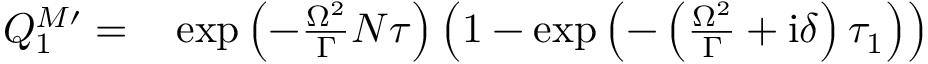
\begin{array} { r l } { Q _ { 1 } ^ { M \prime } = } & { { } \exp \left( - \frac { \Omega ^ { 2 } } { \Gamma } N \tau \right) \left( 1 - \exp \left( - \left( \frac { \Omega ^ { 2 } } { \Gamma } + \mathrm { i } \delta \right) \tau _ { 1 } \right) \right) } \end{array}